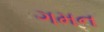
ગમન